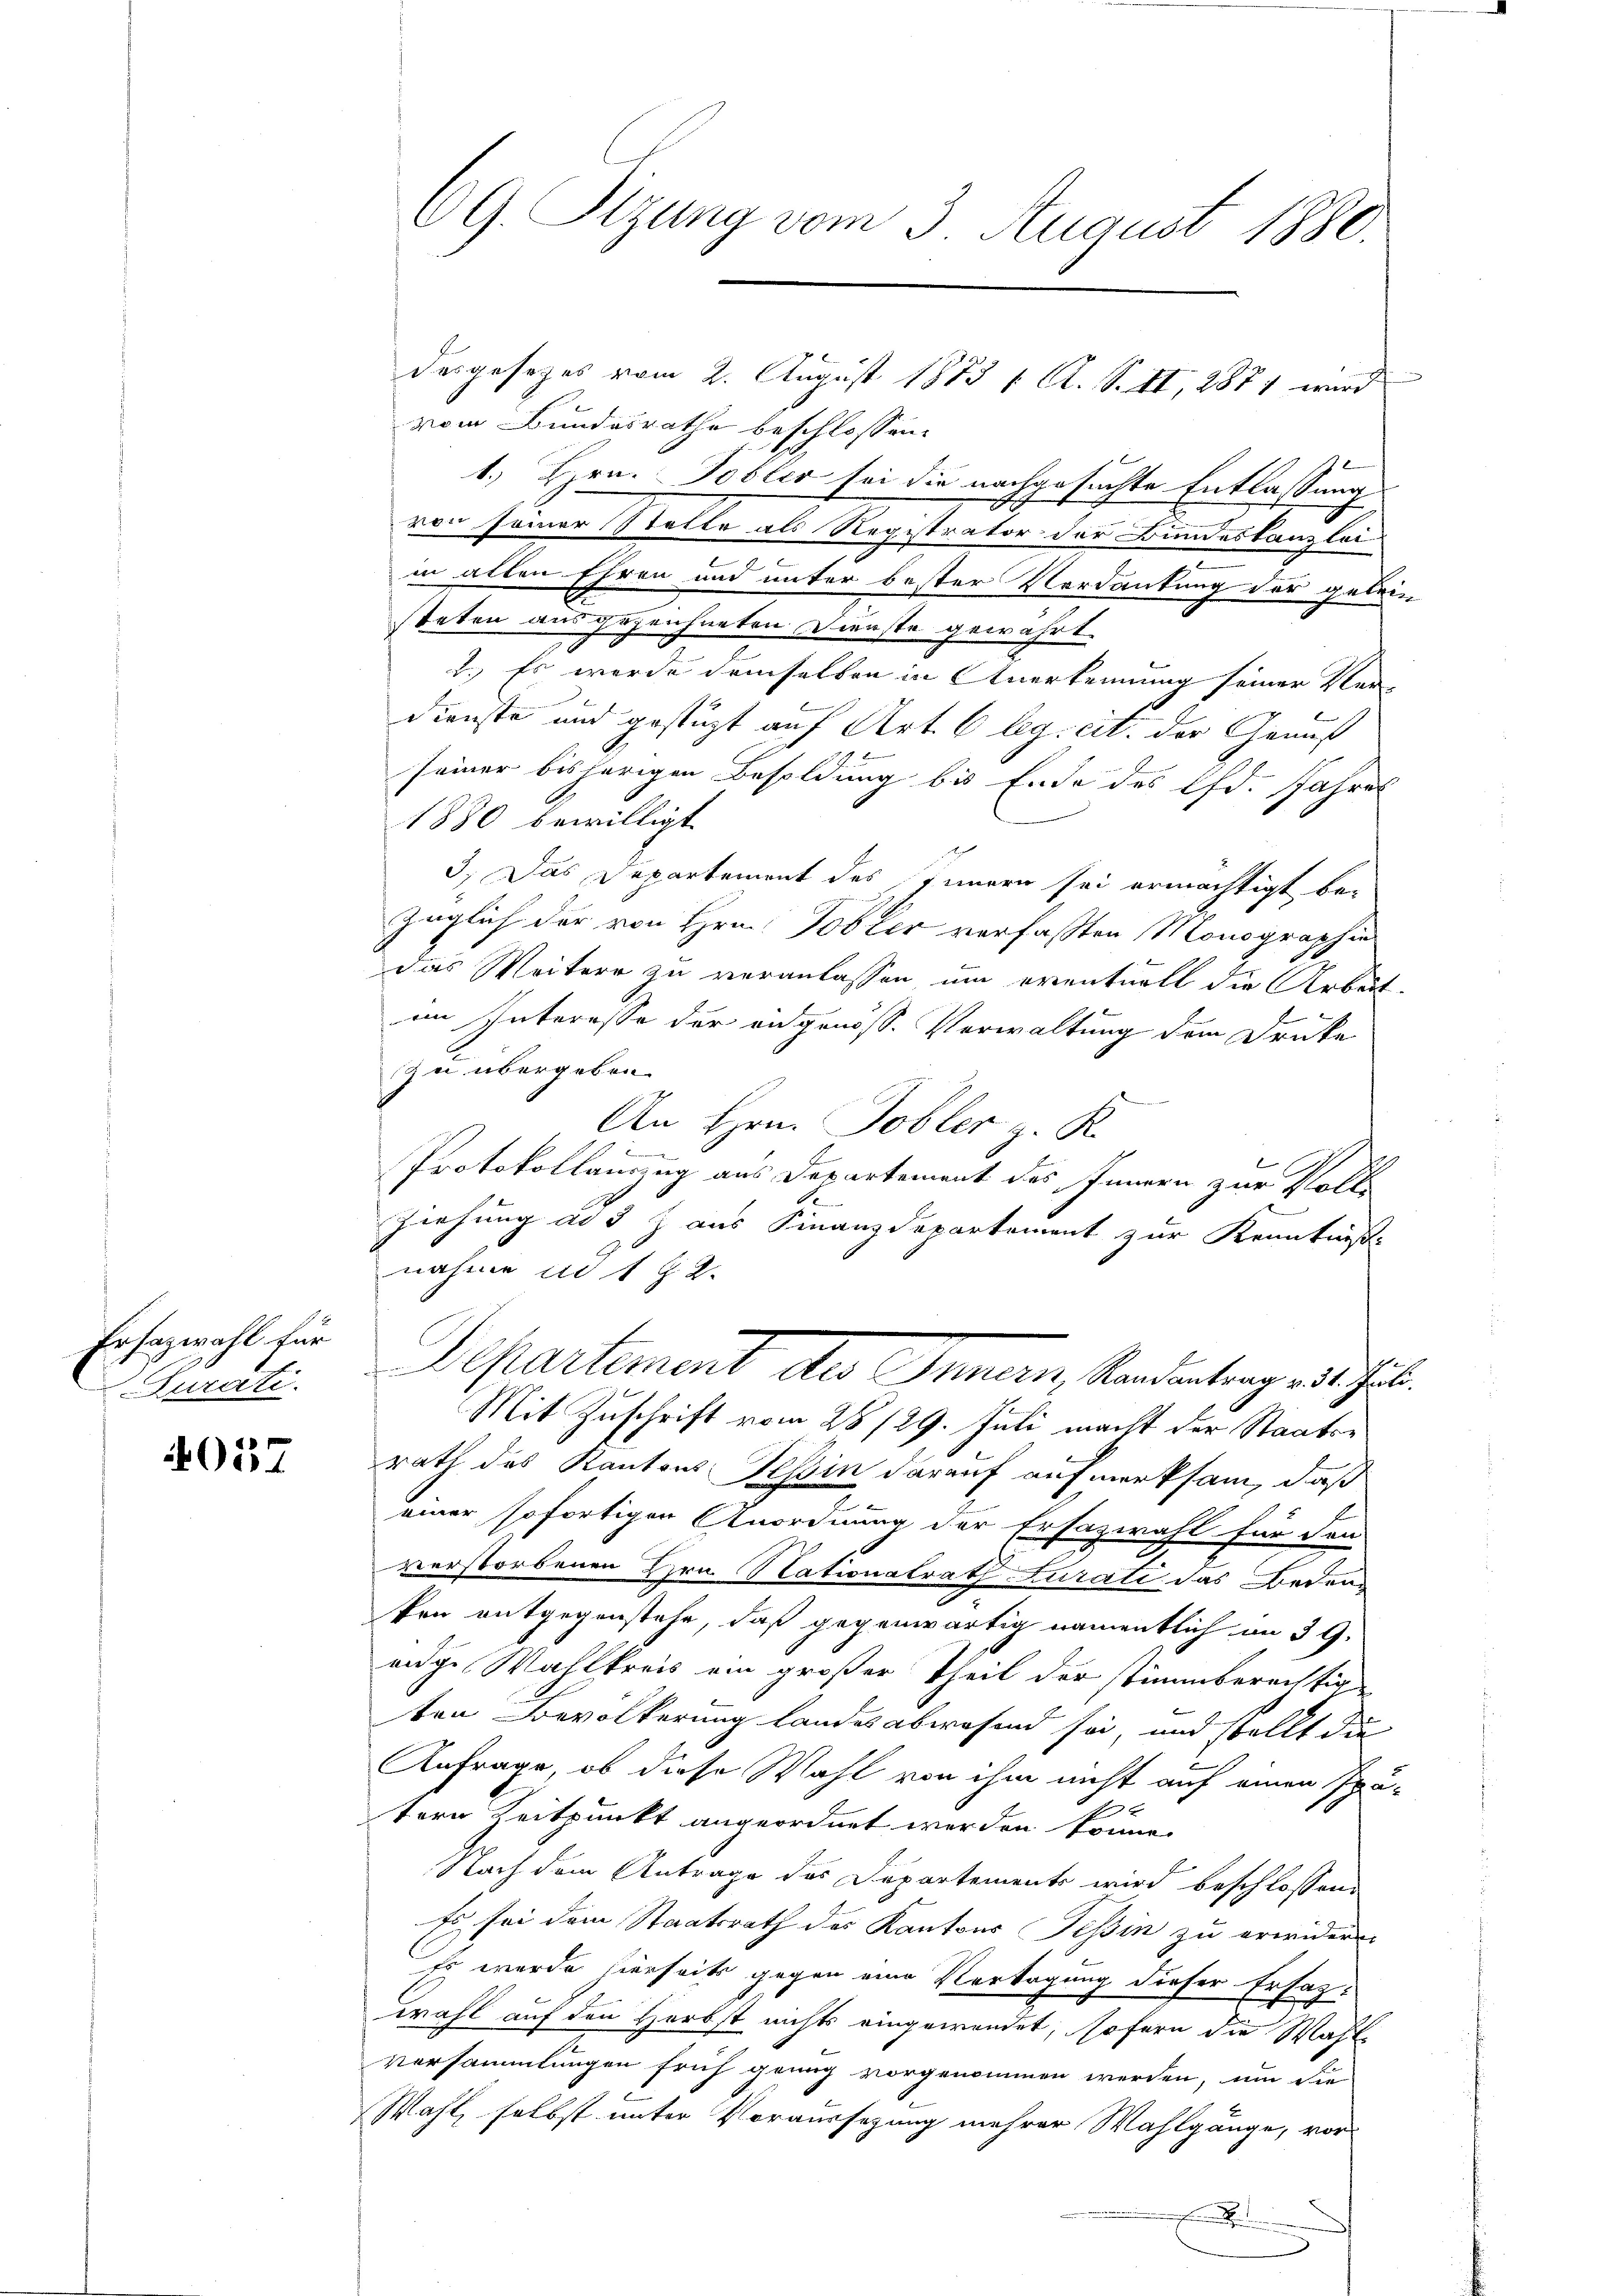
Erhazwahl für
Curati

4057

desgesezes vom 2. August 1873 f. A. S. tt, 1871 wird
vom Bundesrathe beschlossen:
1.) Hrn. Tobles sei die nachgesuchte Entlassung
von seiner Statte als Registrator der Bundeskanzlei-
in allen Ehren und unter bester Verdankung der gelein
steten ausgezeichneten Dienste gewährt.
2.) Es werde demselben in Anerkennung seiner Ver-
dienste und gestüzt auf Art. 6 leg. cit. der Genuß
seiner bisherigen Besoldung bis Ende des Ifd. Jahres
1880 bewilligt
3. Das Departement des Innern sei ermächtigt be-
züglich der von Hrn. Tobler verfassten Monographie
das Weitere zu veranlassen um eventuell die Arbeit.
im Interesse der angenöss. Verwaltung dem Drucke
zu übergeben.
An Hrn. Tobler z. K.
Protokollauszug aus Departement des Innern zur Volle
de
Ziehung ad 3 Z. aus Finanzdepartement zur Kenntnisse
nahme in 1 § 2.
Departement des Innern, Standentengesuches.
Mit Zuschrift vom 28/29. Juli macht der Staatsrath des Kantons Tessin darauf aufmerksam, daß
einer sofortigen Anordnung der Ersazwahl für den
verstorbenen Hrn. Nationalrath Furati das Bedeu-
fen entgegenstehe, daß gegenwärtig namentlich in 39.
eige Wahlkreis ein großer Theil der stimmberechtig
ten Bevölkerung Landesabwesend sei, und stellt die
Anfrage, ob diese Wahl von ihm nicht auf einen spätern Zeitpunkt angeordnet werden könne.
Nach dem Antrage des Departements wird beschlossene
Es sei dem Staatsrath des Kantons Tessin zu erwiderr
Es wurde hierseits gegen eine Vertagung dieser Ersatz-
wohl auf den Herbst nichts eingewendet, sofern die Wahlversammlungen früh genug vorgenommen werden, um die
Wahl, selbst unter Voraussezung mehrer Wahlgänge, vor
.

CG. Sizung vom 3. August 1880.